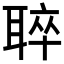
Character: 𦖒